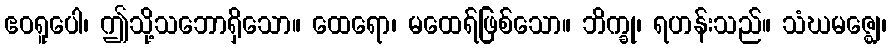
ဧဝရူပေါ၊ ဤသို့သဘောရှိသော။ ထေရော၊ မထေရ်ဖြစ်သော။ ဘိက္ခု၊ ရဟန်းသည်။ သံဃမဇ္ဈေ၊